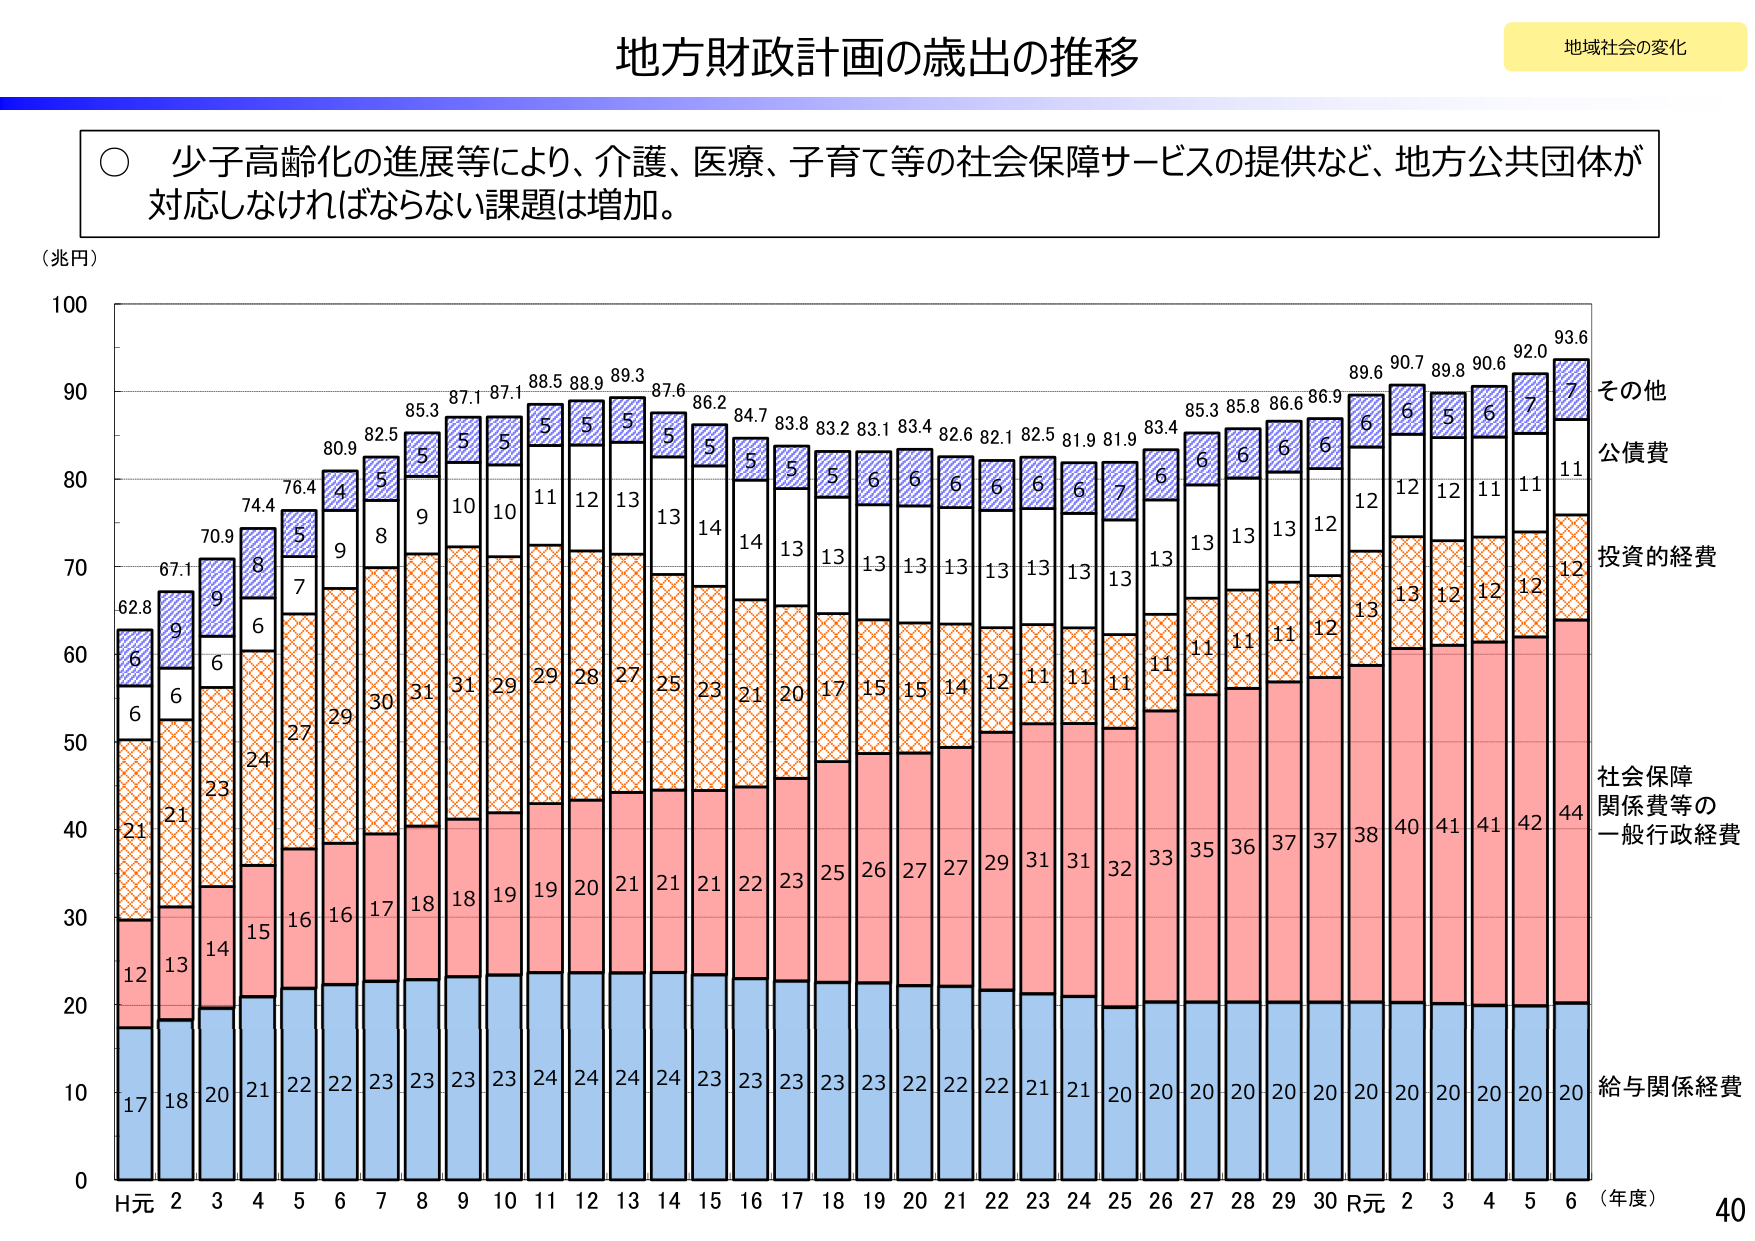
地方財政計画の歳出の推移

地域社会の変化

○ 少子高齢化の進展等により、介護、医療、子育て等の社会保障サービスの提供など、地方公共団体が対応しなければならない課題は増加。

（兆円）

100
90
80
70
60
50
40
30
20
10
0

H元 2 3 4 5 6 7 8 9 10 11 12 13 14 15 16 17 18 19 20 21 22 23 24 25 26 27 28 29 30 R元 2 3 4 5 6 （年度）

62.8
6
6
21
17

67.1
9
6
21
18

70.9
9
6
23
20

74.4
8
6
24
21

76.4
5
7
27
22

80.9
4
9
29
22

82.5
5
8
30
23

85.3
5
9
31
23

87.1
5
10
31
23

87.1
5
10
29
23

88.5
5
11
29
24

88.9
5
12
28
24

89.3
5
13
27
24

87.6
5
13
25
24

86.2
5
14
23
23

84.7
5
14
21
23

83.8
5
13
20
23

83.2
5
13
17
23

83.1
6
13
15
23

83.4
6
13
15
22

82.6
6
13
14
22

82.1
6
13
12
22

82.5
6
13
11
21

81.9
6
13
11
21

81.9
7
13
11
20

83.4
6
13
11
20

85.3
6
13
11
20

85.8
6
13
11
20

86.6
6
13
11
20

86.9
6
12
12
20

89.6
6
12
13
20

90.7
6
12
13
20

89.8
5
12
12
20

90.6
6
11
12
20

92.0
7
11
12
20

93.6
7
11
12
20

その他
公債費
投資的経費
社会保障関係費等の一般行政経費
給与関係経費

40